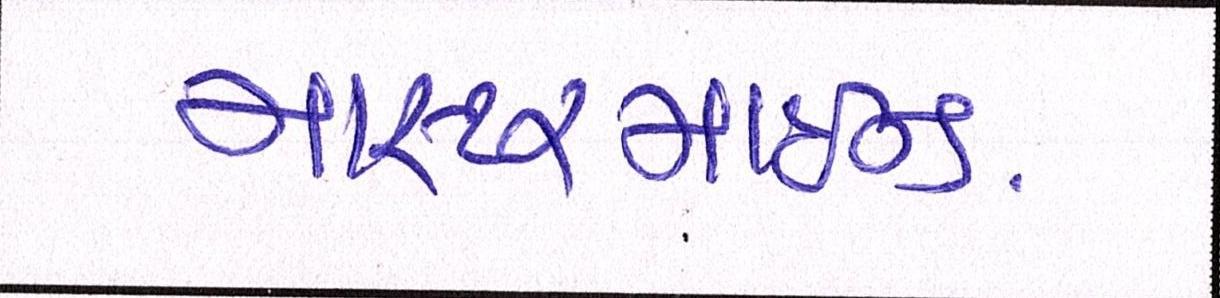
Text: માસ્ટરમાઈન્ડ